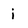
Character: i